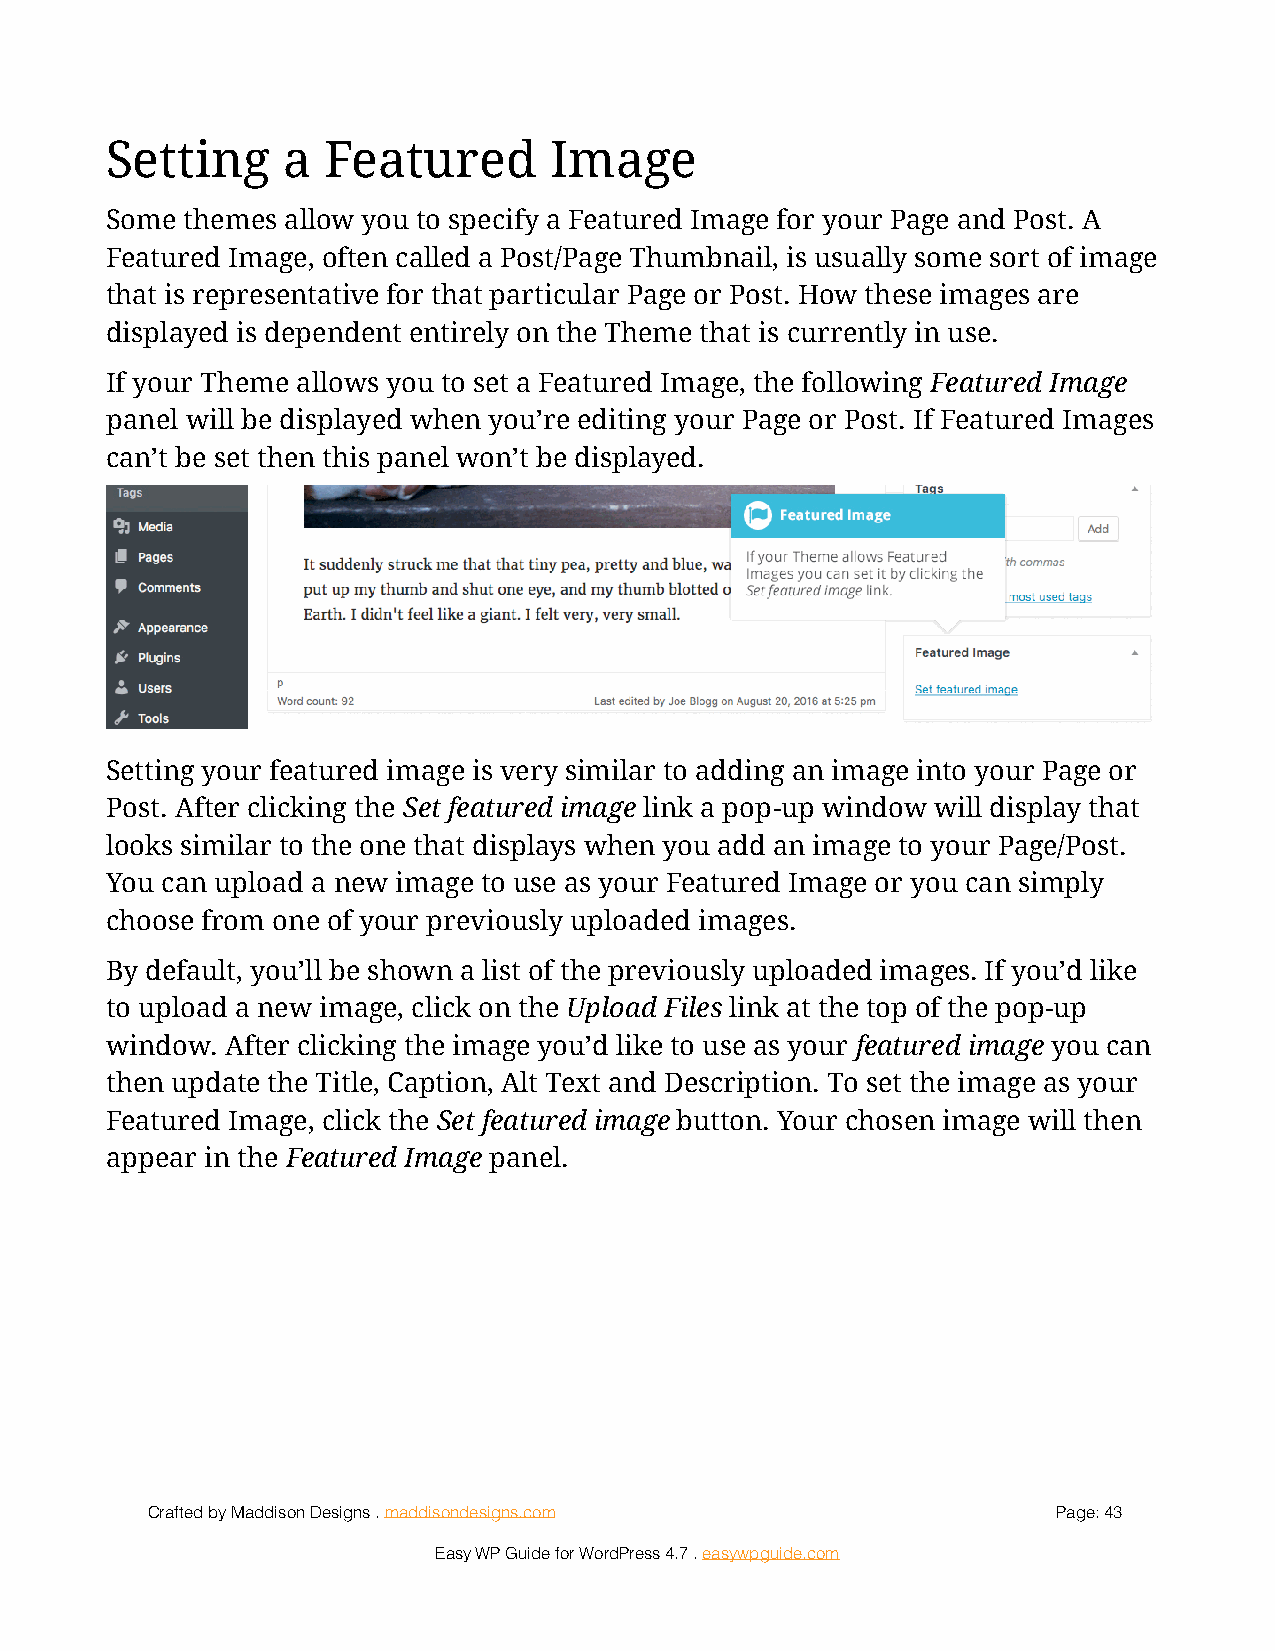
Setting     a Featured       Image
 Some themes allow you to specify a Featured Image for your Page and Post. A
 Featured Image, often called a Post/Page Thumbnail, is usually some sort of image
 that is representative for that particular Page or Post. How these images are
 displayed is dependent entirely on the Theme that is currently in use.
 If your Theme allows you to set a Featured Image, the following Featured Image
 panel will be displayed when you’re editing your Page or Post. If Featured Images
 can’t be set then this panel won’t be displayed.
 !
 Setting your featured image is very similar to adding an image into your Page or
 Post. After clicking the Set featured image link a pop-up window will display that
 looks similar to the one that displays when you add an image to your Page/Post.
 You can upload a new image to use as your Featured Image or you can simply
 choose from one of your previously uploaded images.
 By default, you’ll be shown a list of the previously uploaded images. If you’d like
 to upload a new image, click on the Upload Files link at the top of the pop-up
 window. After clicking the image you’d like to use as your featured image you can
 then update the Title, Caption, Alt Text and Description. To set the image as your
 Featured Image, click the Set featured image button. Your chosen image will then
 appear in the Featured Image panel.
 Crafted by Maddison Designs . maddisondesigns.com           Page: 4 3
 Easy WP Guide for WordPress 4.7 . easywpguide.com